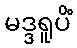
မဒ္ဒရူပိံ